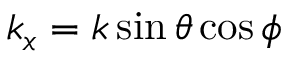
k _ { x } = k \sin \theta \cos \phi